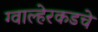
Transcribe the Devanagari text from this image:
ग्वाल्हेरकडचे